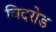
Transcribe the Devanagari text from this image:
विदरोड